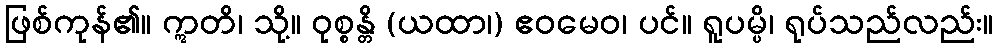
ဖြစ်ကုန်၏။ ဣတိ၊ သို့။ ဝုစ္စန္တိ (ယထာ၊) ဧဝမေဝ၊ ပင်။ ရူပမ္ပိ၊ ရုပ်သည်လည်း။